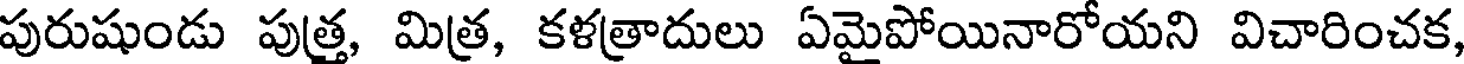
పురుషుండు పుత్ర, మిత్ర, కళత్రాదులు ఏమైపోయినారోయని విచారించక,